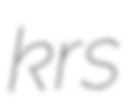
krs